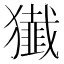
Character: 𤢷